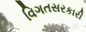
વિગતસરકારી